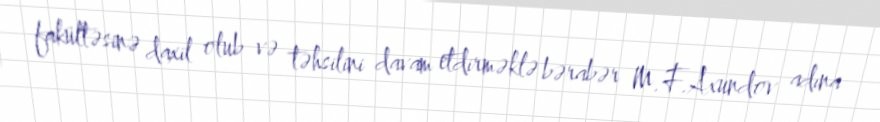
fakültəsinə daxil olub və təhsilini davam etdirməklə bərabər M.F.Axundov adına